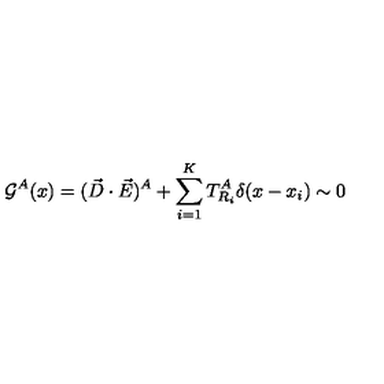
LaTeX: { \cal G } ^ { A } ( x ) = ( \vec { D } \cdot \vec { E } ) ^ { A } + \sum _ { i = 1 } ^ { K } T _ { R _ { i } } ^ { A } \delta ( x - x _ { i } ) \sim 0